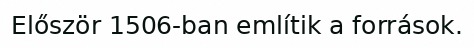
Először 1506-ban említik a források.